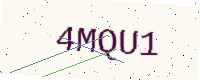
Text: 4MQU1